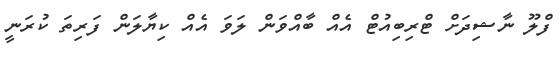
ފްލޫ ނާޝިދަށް ޓްރިބިއުޓް އެއް ބާއްވަން ލަވަ އެއް ކިޔާލަން ފަރިތަ ކުރަނީ